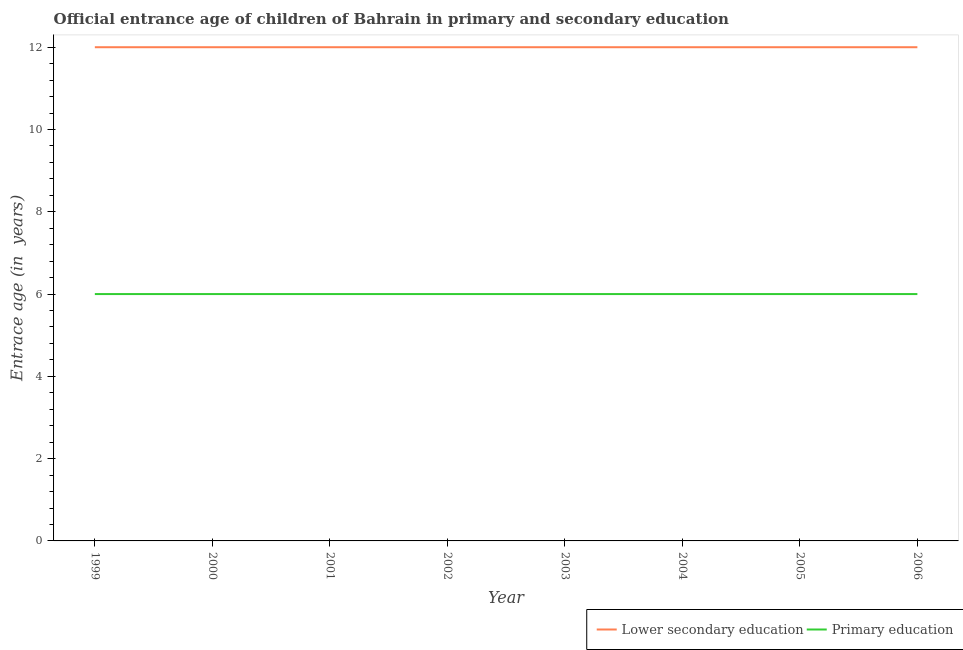
| Year | Lower secondary education | Primary education |
 | --- | --- | --- |
 | 1999 | 12 | 6 |
 | 2000 | 12 | 6 |
 | 2001 | 12 | 6 |
 | 2002 | 12 | 6 |
 | 2003 | 12 | 6 |
 | 2004 | 12 | 6 |
 | 2005 | 12 | 6 |
 | 2006 | 12 | 6 |